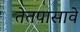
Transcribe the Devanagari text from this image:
तेतपासावे